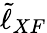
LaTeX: \tilde{\ell}_{XF}